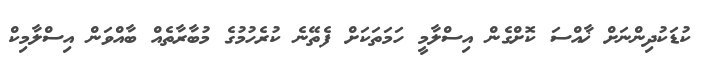
ކުޑަކުދިންނަށް ޚާއްސަ ކޮށްގެން އިސްލާމީ ހަމަތަކަށް ފެތޭނެ ކުރެހުމުގެ މުބާރާތެއް ބާއްވަން އިސްލާމިކް